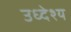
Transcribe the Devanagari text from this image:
उध्देश्य